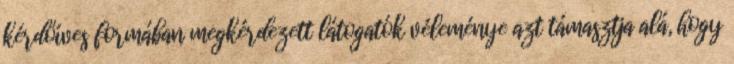
kérdőíves formában megkérdezett látogatók véleménye azt támasztja alá, hogy